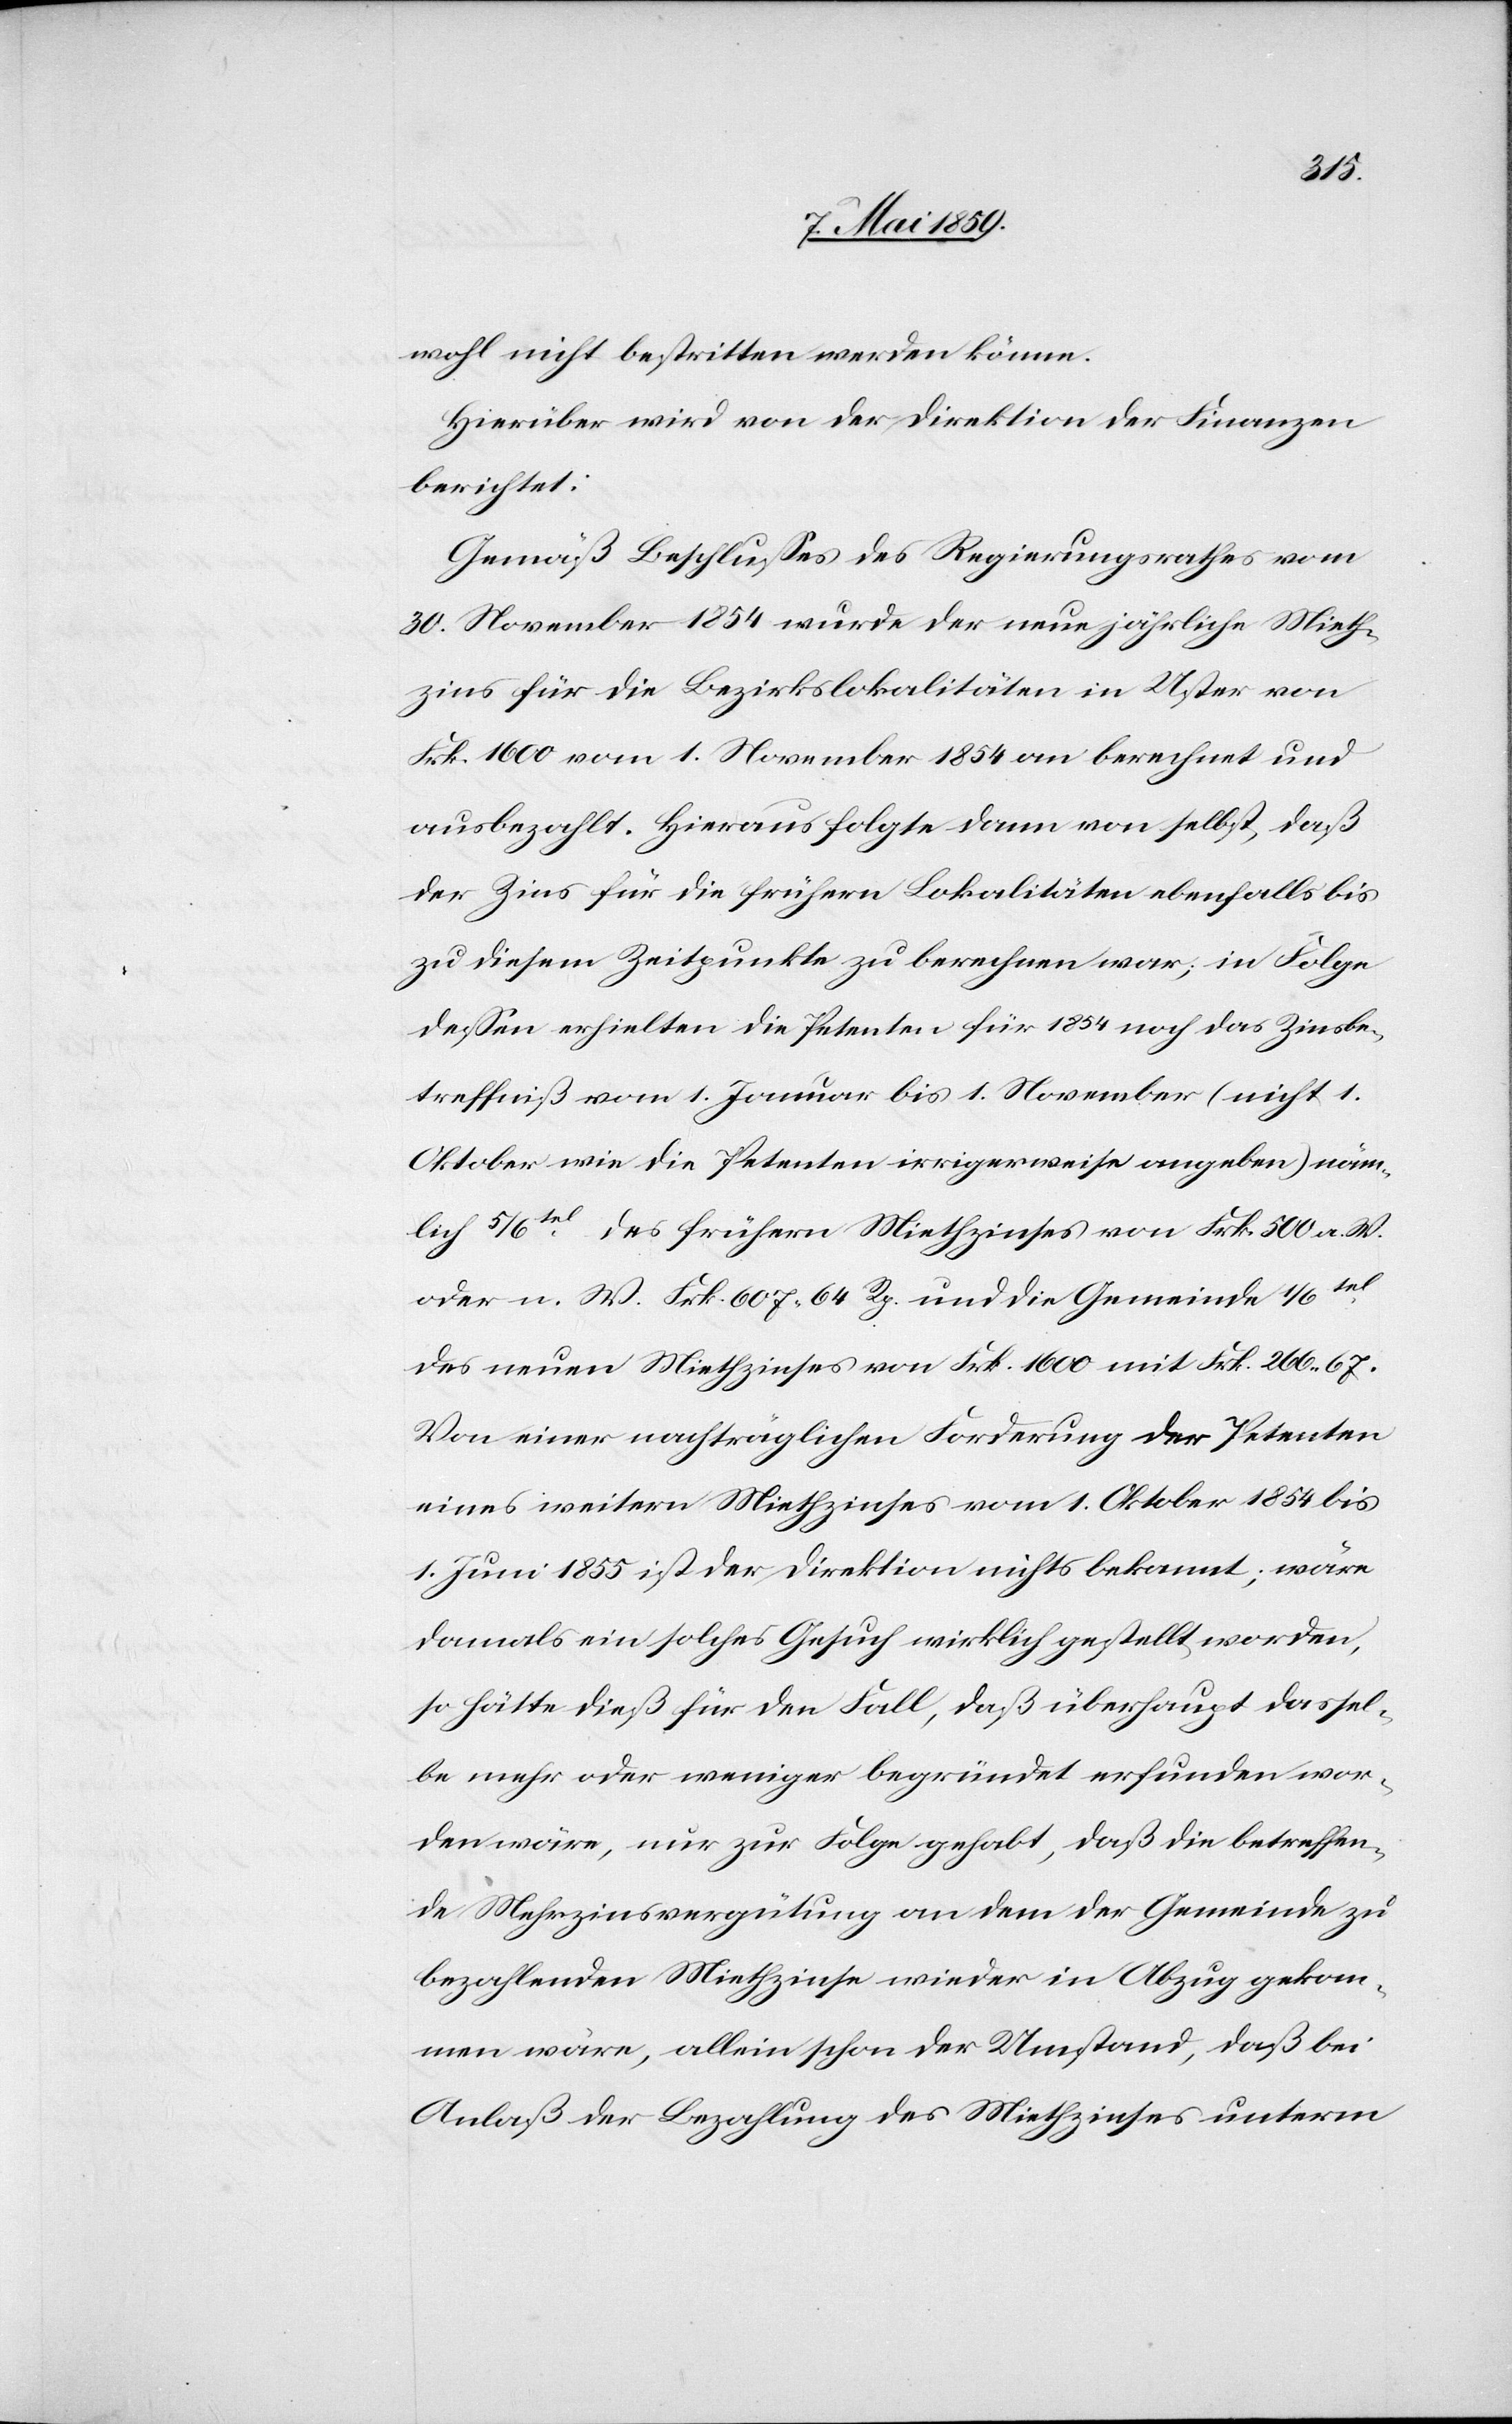
wohl nicht bestritten werden könne.
Hierüber wird von der Direktion der Finanzen
berichtet:
Gemäß Beschlußes des Regierungsrathes vom
30. November 1854 wurde der neue jährliche Mieth¬
zins für die Bezirkslokalitäten in Uster von
Frk. 1600 vom 1. November 1854 an berechnet und
ausbezahlt. Hieraus folgte dann von selbst daß
der Zins für die frühern Lokalitäten ebenfalls bis
zu diesem Zeitpunkte zu berechnen war; in Folge
deßen erhielten die Petenten für 1854 noch das Zinsbe¬
treffniß vom 1. Januar bis 1. November (nicht 1.
Oktober wie die Petenten irrigerweise angeben) näm¬
lich 5/6tel des frühern Miethzinses von Frk. 500 a. W.
oder n. W. Frk. 607 64 Rp. und die Gemeinde 1/6tel
des neuen Miethzinses von Frk. 1600 mit Frk. 266,67.
Von einer nachträglichen Forderung der Petenten
eines weitern Miethzinses vom 1. Oktober 1854 bis
1. Juni 1855 ist der Direktion nichts bekannt; wäre
damals ein solches Gesuch wirklich gestellt worden,
so hätte dieß für den Fall, daß überhaupt dassel¬
be mehr oder weniger begründet erfunden wor¬
den wäre, nur zur Folge gehabt, daß die betreffen¬
de Mehrzinsvergütung an dem der Gemeinde zu
bezahlenden Miethzinse wieder in Abzug gekom¬
men wäre, allein schon der Umstand, daß bei
Anlaß der Bezahlung des Miethzinses unterm